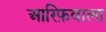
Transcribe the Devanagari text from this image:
आरिफ़वाला